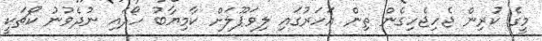
މީގެ ކުރިން ޖެހިޖެހިގެން ތިން އަހަރުގައި ލިވަޕޫލަށް ކާމިޔާބު ހޯދައި ނުދެވުނު ކޯޗަކީ